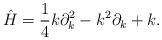
LaTeX: \begin{align*}\hat{H} = \frac{1}{4} k \partial_k^2 - k^2 \partial_k + k.\end{align*}